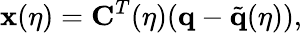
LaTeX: \mathbf{x}(\eta)=\mathbf{C}^{T}(\eta)(\mathbf{q}-\tilde{\mathbf{q}}(\eta)),